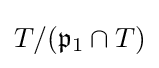
T/({\mathfrak {p}}_{1}\cap T)